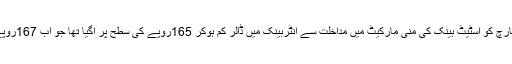
ان حالات میں 27مارچ کو اسٹیٹ بینک کی منی مارکیٹ میں مداخلت سے انٹربینک میں ڈالر کم ہوکر 165روپے کی سطح پر آگیا تھا جو اب 167روپے کی سطح پر ہے۔